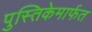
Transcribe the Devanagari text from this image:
पुस्तिकेमार्फत